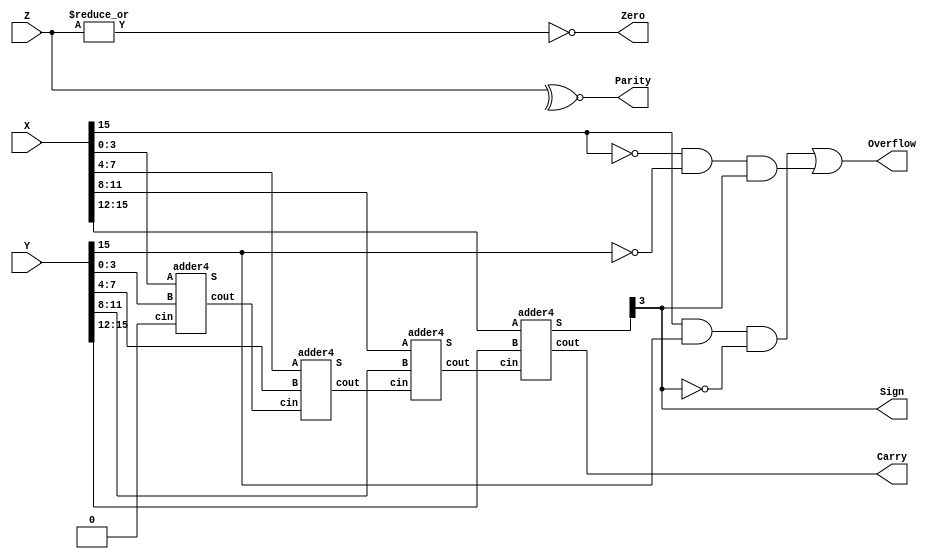
// structural description of 16 bit adder // 
module ALU (X,Y,Z,Sign,Zero,Carry,Parity,Overflow);
input [15:0]X,Y;
input[15:0]Z;
output Sign,Zero,Carry,Parity,Overflow;
wire [3:1] c;

assign Sign = Z[15];
assign Zero = ~|Z;
assign Parity = ~^Z;
assign Overflow = (X[15]&Y[15]& ~Z[15])|(~X[15]& ~Y[15] & Z[15]);

adder4 A0 (Z[3:0],c[1],X[3:0],Y[3:0],1'b0);
adder4 A1 (Z[7:4],c[2],X[7:4],Y[7:4],c[1]);
adder4 A2 (Z[11:8],c[3],X[11:8],Y[11:8],c[2]);
adder4 A3 (Z[15:12],Carry,X[15:12],Y[15:12],c[3]);
endmodule
// structural description of single 4 bit adder // 
module adder4 (S,cout,A,B,cin);
input [3:0]A,B; input cin;
output[3:0]S; output cout;
wire c1,c2,c3;

fulladder FA0 (S[0],c1,A[0],B[0],cin);
fulladder FA1 (S[1],c2,A[1],B[1],c1);
fulladder FA2 (S[2],c3,A[2],B[2],c2);
fulladder FA3 (S[3],cout,A[3],B[3],c3);
endmodule
// gate level description of single full adder // 
module fulladder(s,cout,a,b,c);
input a,b,c;
output s,cout;
wire s1,c1,c2;

xor G1(s1,a,b), G2 (s,s1,c), G3(cout,c2,c1);
and G4(c1,a,b), G5(c2,s1,c);
endmodule